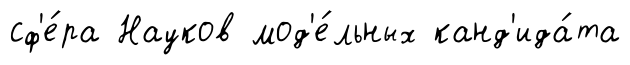
сф'е́ра Науков мод'е́льных канд'ида́та